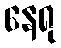
နေရု